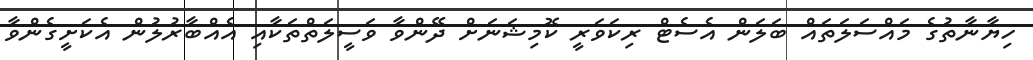
ހިޔާނާތުގެ މައްސަލަތައް ބަލަން އެސެޓް ރިކަވަރީ ކޮމިޝަނަށް ދޭންވާ ވަސީލަތްތަކާއި އެއްބާރުލުން އެކަށީގެންވާ